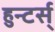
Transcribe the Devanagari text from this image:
हुन्टर्स्